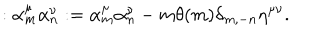
: \alpha _ { m } ^ { \mu } \alpha _ { n } ^ { \nu } : = \alpha _ { m } ^ { \mu } \alpha _ { n } ^ { \nu } - m \theta ( m ) \delta _ { m , - n } \eta ^ { \mu \nu } { . }